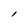
Character: l